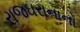
રાજઘરાનાનો